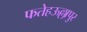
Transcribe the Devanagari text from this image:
फतेहऊल्लापुर